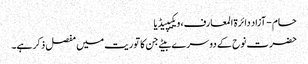
حام - آزاد دائرۃ المعارف، ویکیپیڈیا
حضرت نوح کے دوسرے بیٹے جن کا توریت میں مفصل ذکر ہے۔